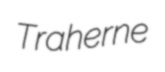
Traherne